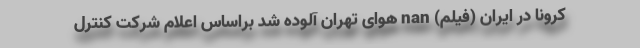
کرونا در ايران (فیلم) nan هوای تهران آلوده شد براساس اعلام شرکت کنترل